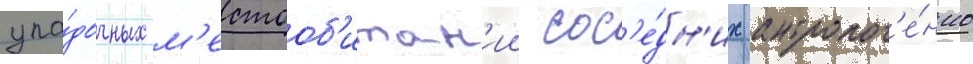
упа́дочных м'естооб'итан'ии сос'е́дн'их антропог'е́нно